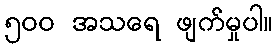
၅၀၀ အသရေ ဖျက်မှုပါ။